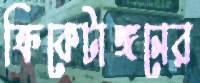
ক্রিকেটাঙ্গনের